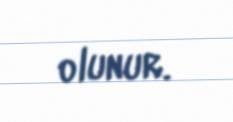
olunur.